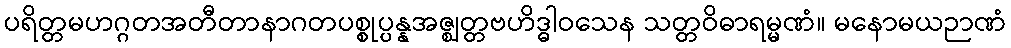
ပရိတ္တမဟဂ္ဂတအတီတာနာဂတပစ္စုပ္ပန္နအဇ္ဈတ္တဗဟိဒ္ဓါဝသေန သတ္တဝိဓာရမ္မဏံ။ မနောမယဉာဏံ